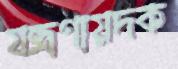
যন্ত্রণায়দক